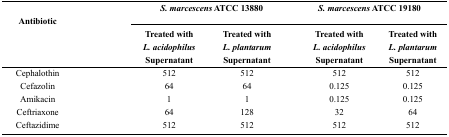
<table><thead><tr><td rowspan="3"><b>Antibiotic</b></td><td colspan="2"><b><i>S. marcescens</i> ATCC 13880</b></td><td colspan="2"><b><i>S. marcescens</i> ATCC 19180</b></td></tr><tr><td><b>Treated with <i>L. acidophilus</i> Supernatant</b></td><td><b>Treated with <i>L. plantarum</i> Supernatant</b></td><td><b>Treated with <i>L. acidophilus</i> Supernatant</b></td><td><b>Treated with <i>L. plantarum</i> Supernatant</b></td></tr></thead><tbody><tr><td>Cephalothin</td><td>512</td><td>512</td><td>512</td><td>512</td></tr><tr><td>Cefazolin</td><td>64</td><td>64</td><td>0.125</td><td>0.125</td></tr><tr><td>Amikacin</td><td>1</td><td>1</td><td>0.125</td><td>0.125</td></tr><tr><td>Ceftriaxone</td><td>64</td><td>128</td><td>32</td><td>64</td></tr><tr><td>Ceftazidime</td><td>512</td><td>512</td><td>512</td><td>512</td></tr></tbody></table>